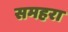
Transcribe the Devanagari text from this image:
समहरा